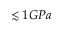
\lesssim 1 G P a